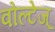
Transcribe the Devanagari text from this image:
वोल्टेज्